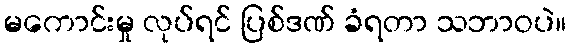
မကောင်းမှု လုပ်ရင် ပြစ်ဒဏ် ခံရတာ သဘာဝပဲ။